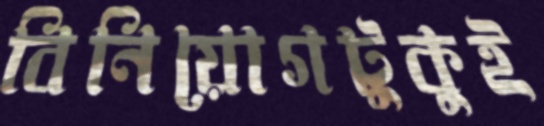
বিনিয়োগটুকুই